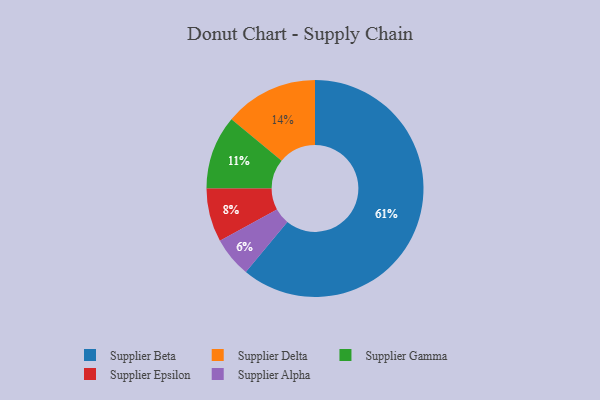
{"axis": {"x": "Category", "y": "Percentage"}, "legend": ["Supplier Alpha", "Supplier Beta", "Supplier Delta", "Supplier Epsilon", "Supplier Gamma"], "data": [{"x": "Supplier Alpha", "y": 6, "type": "Supplier Alpha"}, {"x": "Supplier Delta", "y": 14, "type": "Supplier Delta"}, {"x": "Supplier Gamma", "y": 11, "type": "Supplier Gamma"}, {"x": "Supplier Epsilon", "y": 8, "type": "Supplier Epsilon"}, {"x": "Supplier Beta", "y": 61, "type": "Supplier Beta"}]}